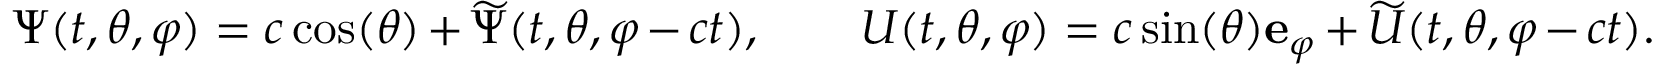
\Psi ( t , \theta , \varphi ) = c \cos ( \theta ) + \widetilde { \Psi } ( t , \theta , \varphi - c t ) , \qquad U ( t , \theta , \varphi ) = c \sin ( \theta ) \mathbf { e } _ { \varphi } + \widetilde { U } ( t , \theta , \varphi - c t ) .